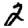
Digit: 2